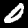
Label: 0